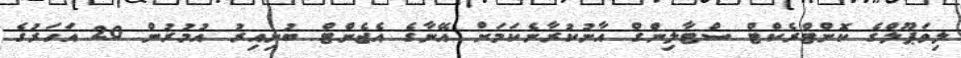
ލިވަޕޫލްގެ ކޮންޓްރެކްޓް ސްޓާލިންގް އާނުކުރާނެކަމަށް އޭނާގެ އެޖެންޓް ބުނިއިރު އުމުރުން 20 އަހަރުގެ